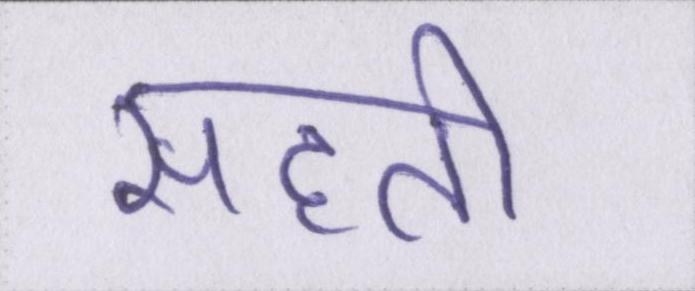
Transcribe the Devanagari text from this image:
सहती